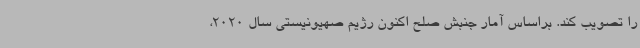
را تصویب کند. براساس آمار جنبش صلح اکنون رژیم صهیونیستی سال 2020،